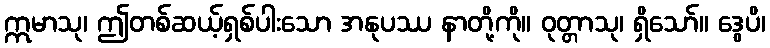
ဣမာသု၊ ဤတစ်ဆယ့်ရှစ်ပါးသော အနုပဿ နာတို့ကို။ ဝုတ္တာသု၊ ရှိသော်။ ဒွေပိ၊